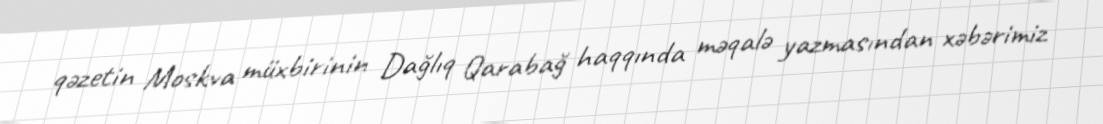
qəzetin Moskva müxbirinin Dağlıq Qarabağ haqqında məqalə yazmasından xəbərimiz